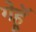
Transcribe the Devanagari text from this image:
गेहूॅ